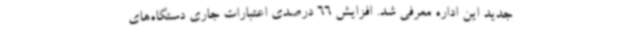
جدید این اداره معرفی شد. افزایش 66 درصدی اعتبارات جاری دستگاه‌های